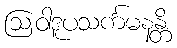
ဩဝါဒူပသင်္ကမနန္တိ